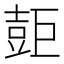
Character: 壾